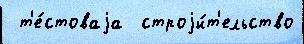
 т'е́стоваjа  строjи́т'ельство